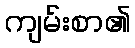
ကျမ်းစာ၏